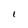
Character: I